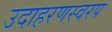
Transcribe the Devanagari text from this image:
उदाहरणस्वरप